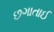
છગાતાઈ